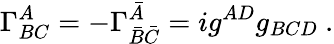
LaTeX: \Gamma_{BC}^{A}=-\Gamma_{\bar{B}\bar{C}}^{\bar{A}}=ig^{AD}g_{BCD}\ .